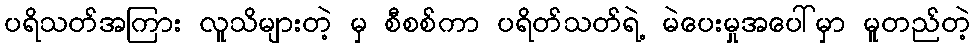
ပရိသတ်အကြား လူသိများတဲ့ မှ စီစစ်ကာ ပရိတ်သတ်ရဲ့ မဲပေးမှုအပေါ်မှာ မူတည်တဲ့